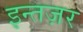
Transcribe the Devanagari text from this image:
इन्तज़र